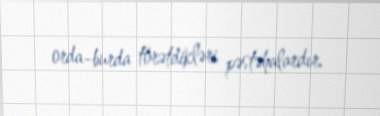
orda-burda törətdikləri pəstəhalardır.